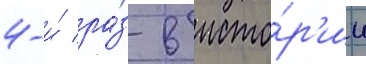
4-и́ ра́з в исто́р'ии